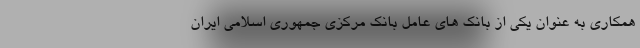
همکاری به عنوان یکی از بانک های عامل بانک مرکزی جمهوری اسلامی ایران